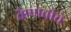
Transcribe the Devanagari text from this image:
वैष्णवीचे